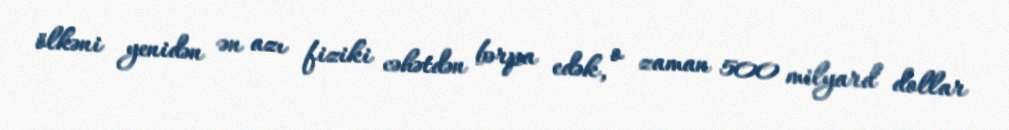
ölkəni yenidən ən azı fiziki cəhətdən bərpa edək, o zaman 500 milyard dollar